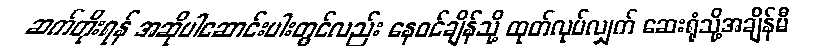
ဆက်တိုးရန် အဆိုပါဆောင်းပါးတွင်လည်း နေဝင်ချိန်သို့ ထုတ်လုပ်လျှက် ဆေးရုံသို့အချိန်မီ